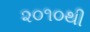
૨૦૧૦થી